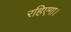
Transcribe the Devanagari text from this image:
रहिएगा।